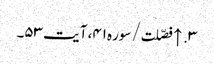
۳. ↑ فصّلت/سوره۴۱، آیت ۵۳۔